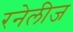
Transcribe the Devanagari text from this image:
रनेलीज